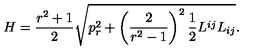
H = \frac { r ^ { 2 } + 1 } 2 \sqrt { p _ { r } ^ { 2 } + \left( \frac 2 { r ^ { 2 } - 1 } \right) ^ { 2 } \frac 1 2 L ^ { i j } L _ { i j } } .